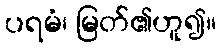
ပရမံ၊ မြတ်၏ဟူ၍။